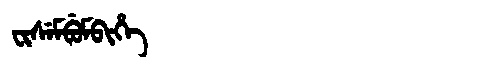
Manchu: ᠸᡳᠰᡝᠮᠪᡠᠮᠪᡳᡥᡝ
Romanization: FISEMBUMBIHE